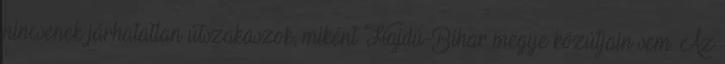
nincsenek járhatatlan útszakaszok, miként Hajdú-Bihar megye közútjain sem. Az